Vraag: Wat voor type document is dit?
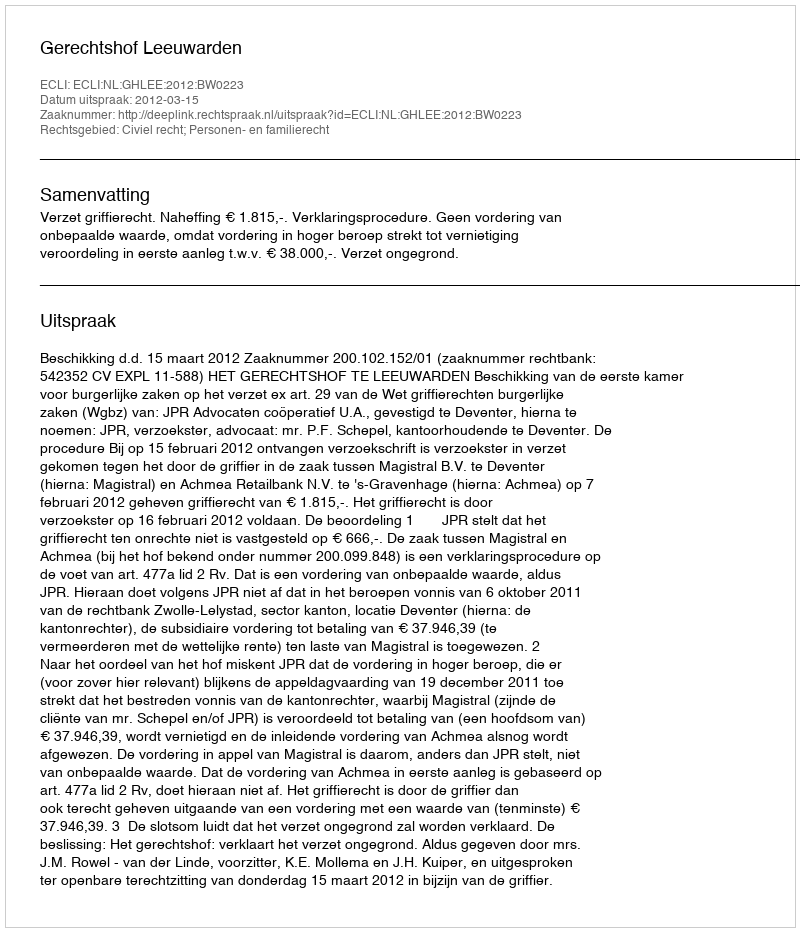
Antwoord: Uitspraak